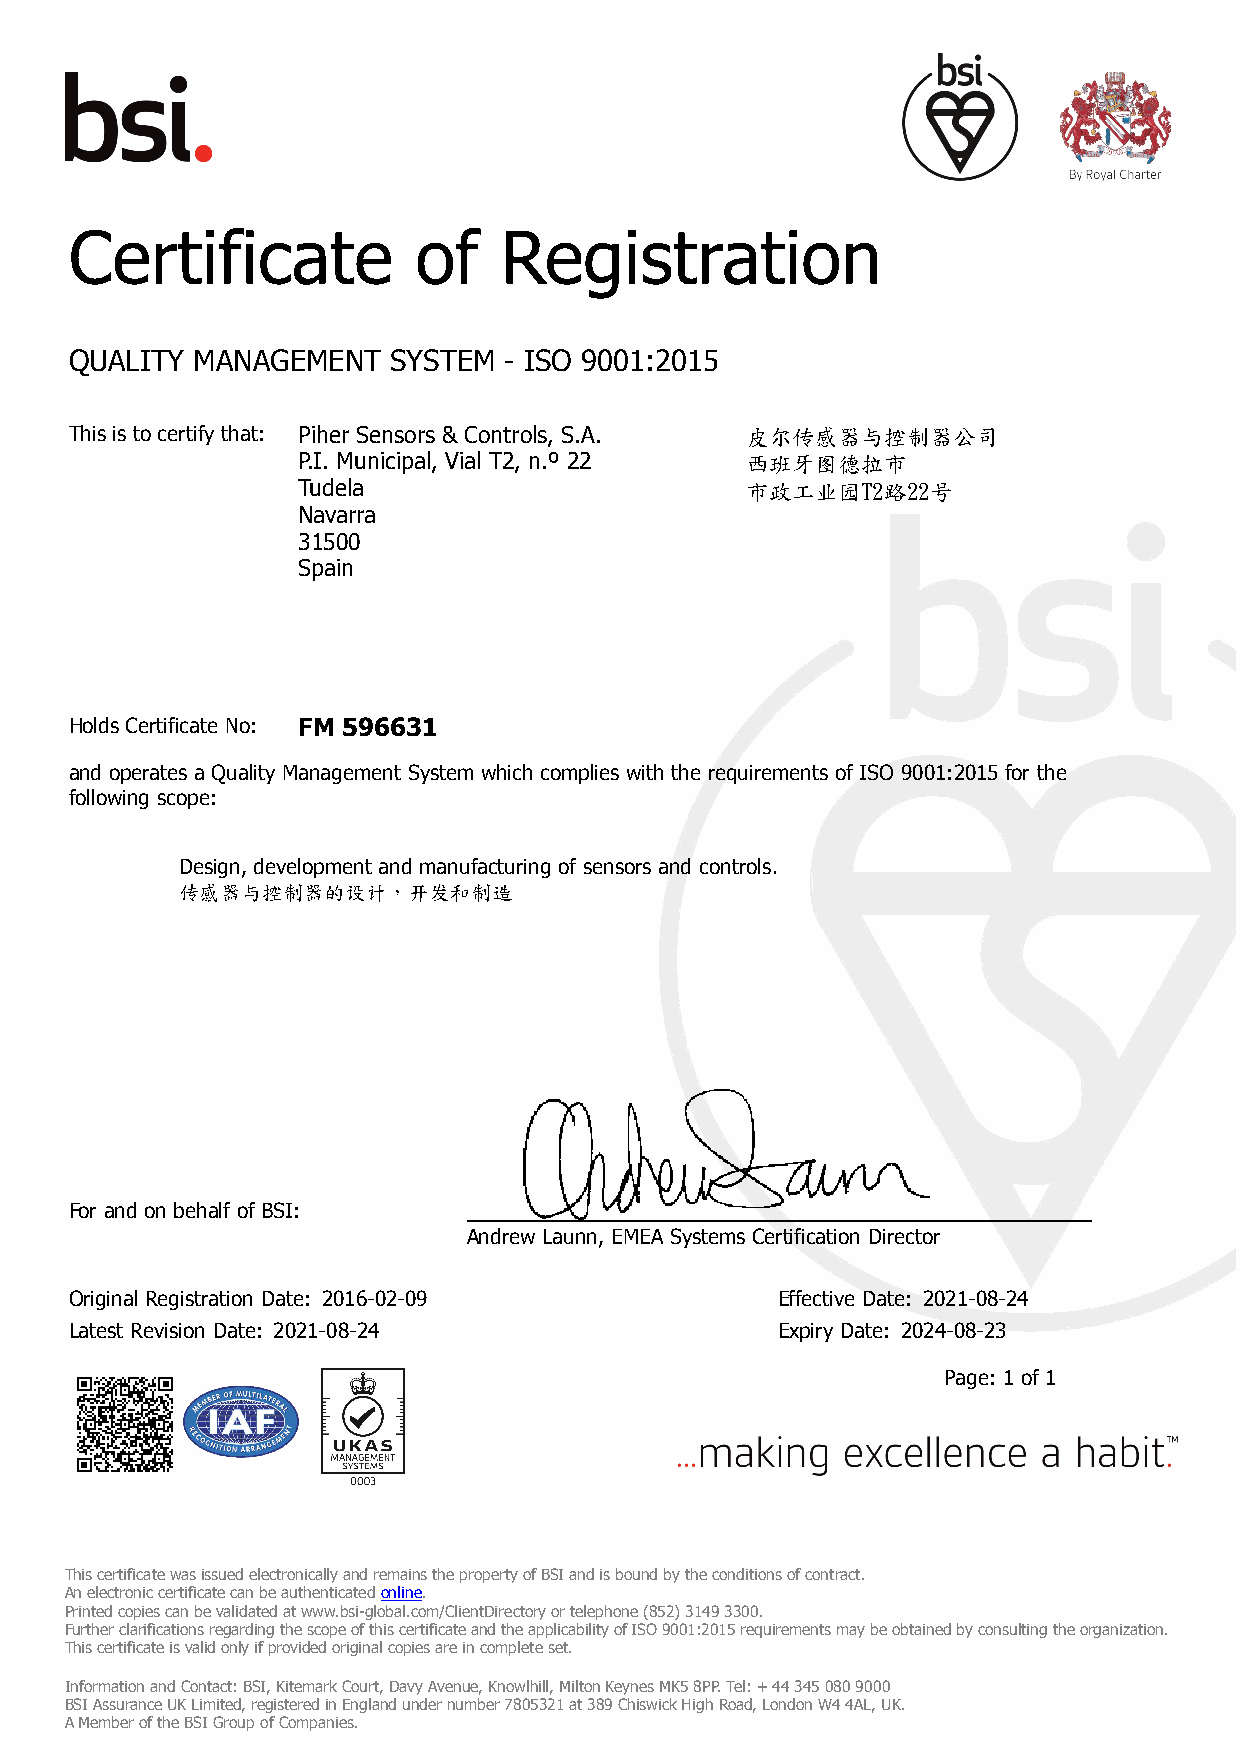
Certificate           of    Registration
 QUALITY MANAGEMENT   SYSTEM - ISO 9001:2015
 This is to certify that: Piher Sensors & Controls, S.A. 皮尔传感器与控制器公司
 P.I. Municipal, Vial T2, n.º 22 西班牙图德拉市
 Tudela                       市政工业园T2路22号
 Navarra
 31500
 Spain
 Holds Certificate No: FM 596631
 and operates a Quality Management System which complies with the requirements of ISO 9001:2015 for the
 following scope:
 Design, development and manufacturing of sensors and controls.
 传感器与控制器的设计，开发和制造
 For and on behalf of BSI:
 Andrew Launn, EMEA Systems Certification Director
 Original Registration Date: 2016-02-09        Effective Date: 2021-08-24
 Latest Revision Date: 2021-08-24              Expiry Date: 2024-08-23
 Page: 1 of 1
 This certificate was issued electronically and remains the property of BSI and is bound by the conditions of contract.
 An electronic certificate can be authenticated online.
 Printed copies can be validated at www.bsi-global.com/ClientDirectory or telephone (852) 3149 3300.
 Further clarifications regarding the scope of this certificate and the applicability of ISO 9001:2015 requirements may be obtained by consulting the organization.
 This certificate is valid only if provided original copies are in complete set.
 Information and Contact: BSI, Kitemark Court, Davy Avenue, Knowlhill, Milton Keynes MK5 8PP. Tel: + 44 345 080 9000
 BSI Assurance UK Limited, registered in England under number 7805321 at 389 Chiswick High Road, London W4 4AL, UK.
 A Member of the BSI Group of Companies.